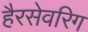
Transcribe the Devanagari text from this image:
हैरसेवरिग